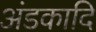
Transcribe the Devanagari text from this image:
अंडकादि